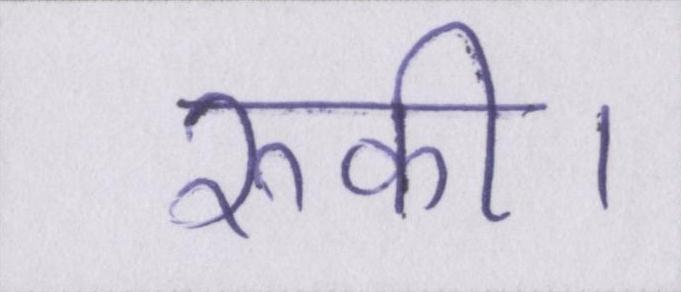
रुकी।